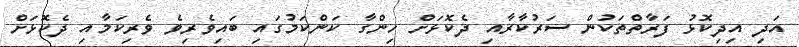
އަދި އިދިކޮޅު ފަރާތްތަކުން ސަރުކާރާއި ދެކޮޅަށް ހިންގާ ކަންކަމުގައި ބައިވެރިވެ ވެރިކަމާއި ދެކޮޅަށް